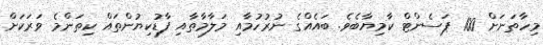
މިހާތަނަށް 100 ޕަސެންޓް ކާމިޔާބެވެ. ބައެއްގެ ނުރުހުމާއި މަލާމާތާއި ފާޑުކިޔުންތައް ކިތަންމެ ވަރަކަށް